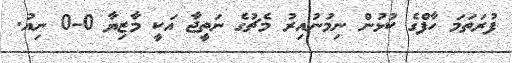
ފުރަތަމަ ހާފްގެ ކުޅުން ނިމުނުއިރު މެޗުގެ ނަތީޖާ އަކީ މާޒިޔާ 0-0 ނިއު.